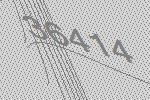
36414